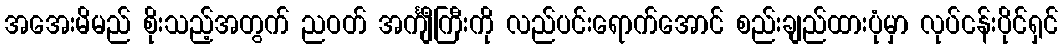
အအေးမိမည် စိုးသည့်အတွက် ညဝတ် အင်္ကျီကြီးကို လည်ပင်းရောက်အောင် စည်းချည်ထားပုံမှာ လုပ်ငန်းပိုင်ရှင်